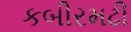
કબીરમઢી